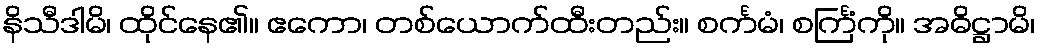
နိသီဒါမိ၊ ထိုင်နေ၏။ ဧကော၊ တစ်ယောက်ထီးတည်း။ စင်္ကမံ၊ စင်္ကြံကို။ အဓိဋ္ဌာမိ၊